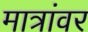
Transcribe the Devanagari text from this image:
मात्रांवर